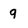
Character: q